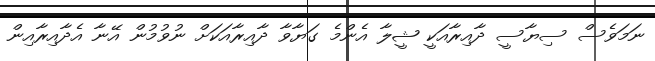
ނަމަވެސް ސިޔާސީ ދާއިރާއަކީ ޝީލާ އެންމެ ގަޔާވާ ދާއިރާއަކަށް ނުވުމުން އޭނާ އެދާއިރާއިން